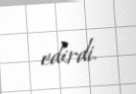
edirdi.